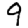
Digit: 9